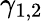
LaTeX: \gamma_{1,2}